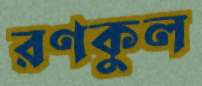
রণকুল